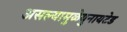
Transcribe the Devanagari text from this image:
असल्यामुळेयुनायटेड